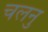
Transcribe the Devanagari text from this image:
चलनु